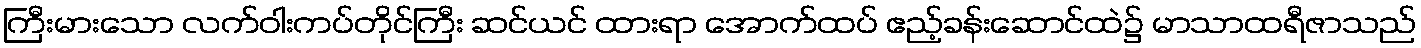
ကြီးမားသော လက်ဝါးကပ်တိုင်ကြီး ဆင်ယင် ထားရာ အောက်ထပ် ဧည့်ခန်းဆောင်ထဲ၌ မာသာထရီဇာသည်